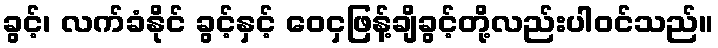
ခွင့်၊ လက်ခံနိုင် ခွင့်နှင့် ဝေငှဖြန့်ချိခွင့်တို့လည်းပါဝင်သည်။